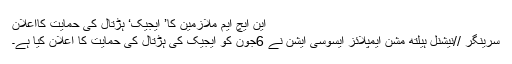
این ایچ ایم ملازمین کا’ ایجیک‘ ہڑتال کی حمایت کااعلان
سرینگر //نیشنل ہیلتھ مشن ایمپلائز ایسوسی ایشن نے 6جون کو ایجیک کی ہڑتال کی حمایت کا اعلان کیا ہے۔